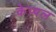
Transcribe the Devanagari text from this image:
केप्पल